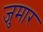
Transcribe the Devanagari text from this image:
जुमार